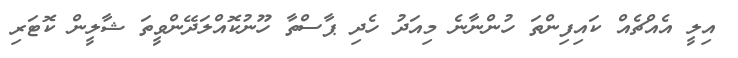
އިލީ އެއްޗެއް ކައިފިންތަ ހުންނާނެ މިއަދު ހެދި ޕާސްތާ ހޫނުކޮއްލަދޭންވީތަ ޝާލީން ކޮޓަރި